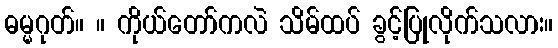
ဓမ္မဂုတ်။ ။ ကိုယ်တော်ကလဲ သိမ်ထပ် ခွင့်ပြုလိုက်သလား။